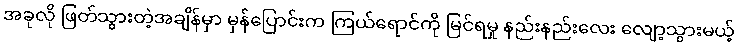
အခုလို ဖြတ်သွားတဲ့အချိန်မှာ မှန်ပြောင်းက ကြယ်ရောင်ကို မြင်ရမှု နည်းနည်းလေး လျော့သွားမယ့်